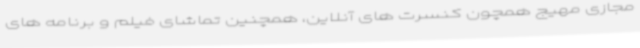
مجازی مهیج همچون کنسرت های آنلاین، همچنین تماشای فیلم و برنامه های